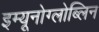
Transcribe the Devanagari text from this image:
इम्यूनोग्लोब्लिन